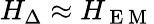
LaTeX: H_{\Delta}\approx H_{\mathrm{~E~M~}}